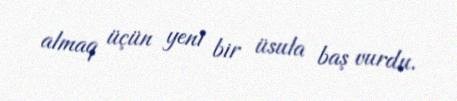
almaq üçün yeni bir üsula baş vurdu.